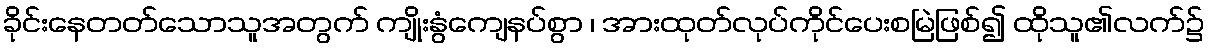
ခိုင်းနေတတ်သောသူအတွက် ကျိုးနွံကျေနပ်စွာ ၊ အားထုတ်လုပ်ကိုင်ပေးစမြဲဖြစ်၍ ထိုသူ၏လက်၌